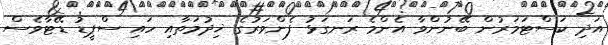
އަދި ކަސްޓަމަރުން ބޭނުންވާ އެންމެ ރަނގަޅު ފެންވަރުގެ ޚިދުމަތާއި ހައި ސްޕީޑު ޑޭޓާވެސް